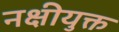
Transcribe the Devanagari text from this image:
नक्षीयुक्त